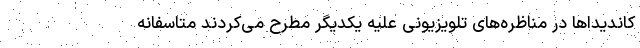
کاندیداها در مناظره‌های تلویزیونی علیه یکدیگر مطرح می‌کردند متاسفانه